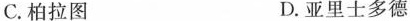
C.柏拉图 D.亚里士多德